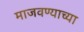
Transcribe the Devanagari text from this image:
माजवण्याच्या